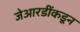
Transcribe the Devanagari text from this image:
जेआरडींकडून